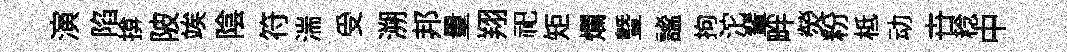
演陷揜陂竢陰符湍受溯邦量翔祀矩爛暨謐拘沱輩畔熒粉柢动卋稔中